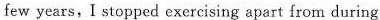
few years,I stopped exercising apart from during